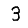
Digit: 3